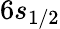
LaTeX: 6s_{1/2}